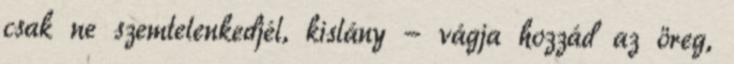
csak ne szemtelenkedjél, kislány - vágja hozzád az öreg,